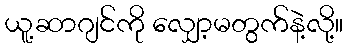
ယူ့ဆာဂျင်ကို လျှော့မတွက်နဲ့လို့။